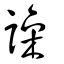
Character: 譟